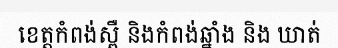
ខេត្តកំពង់ស្ពឺ និងកំពង់ឆ្នាំង និង ឃាត់